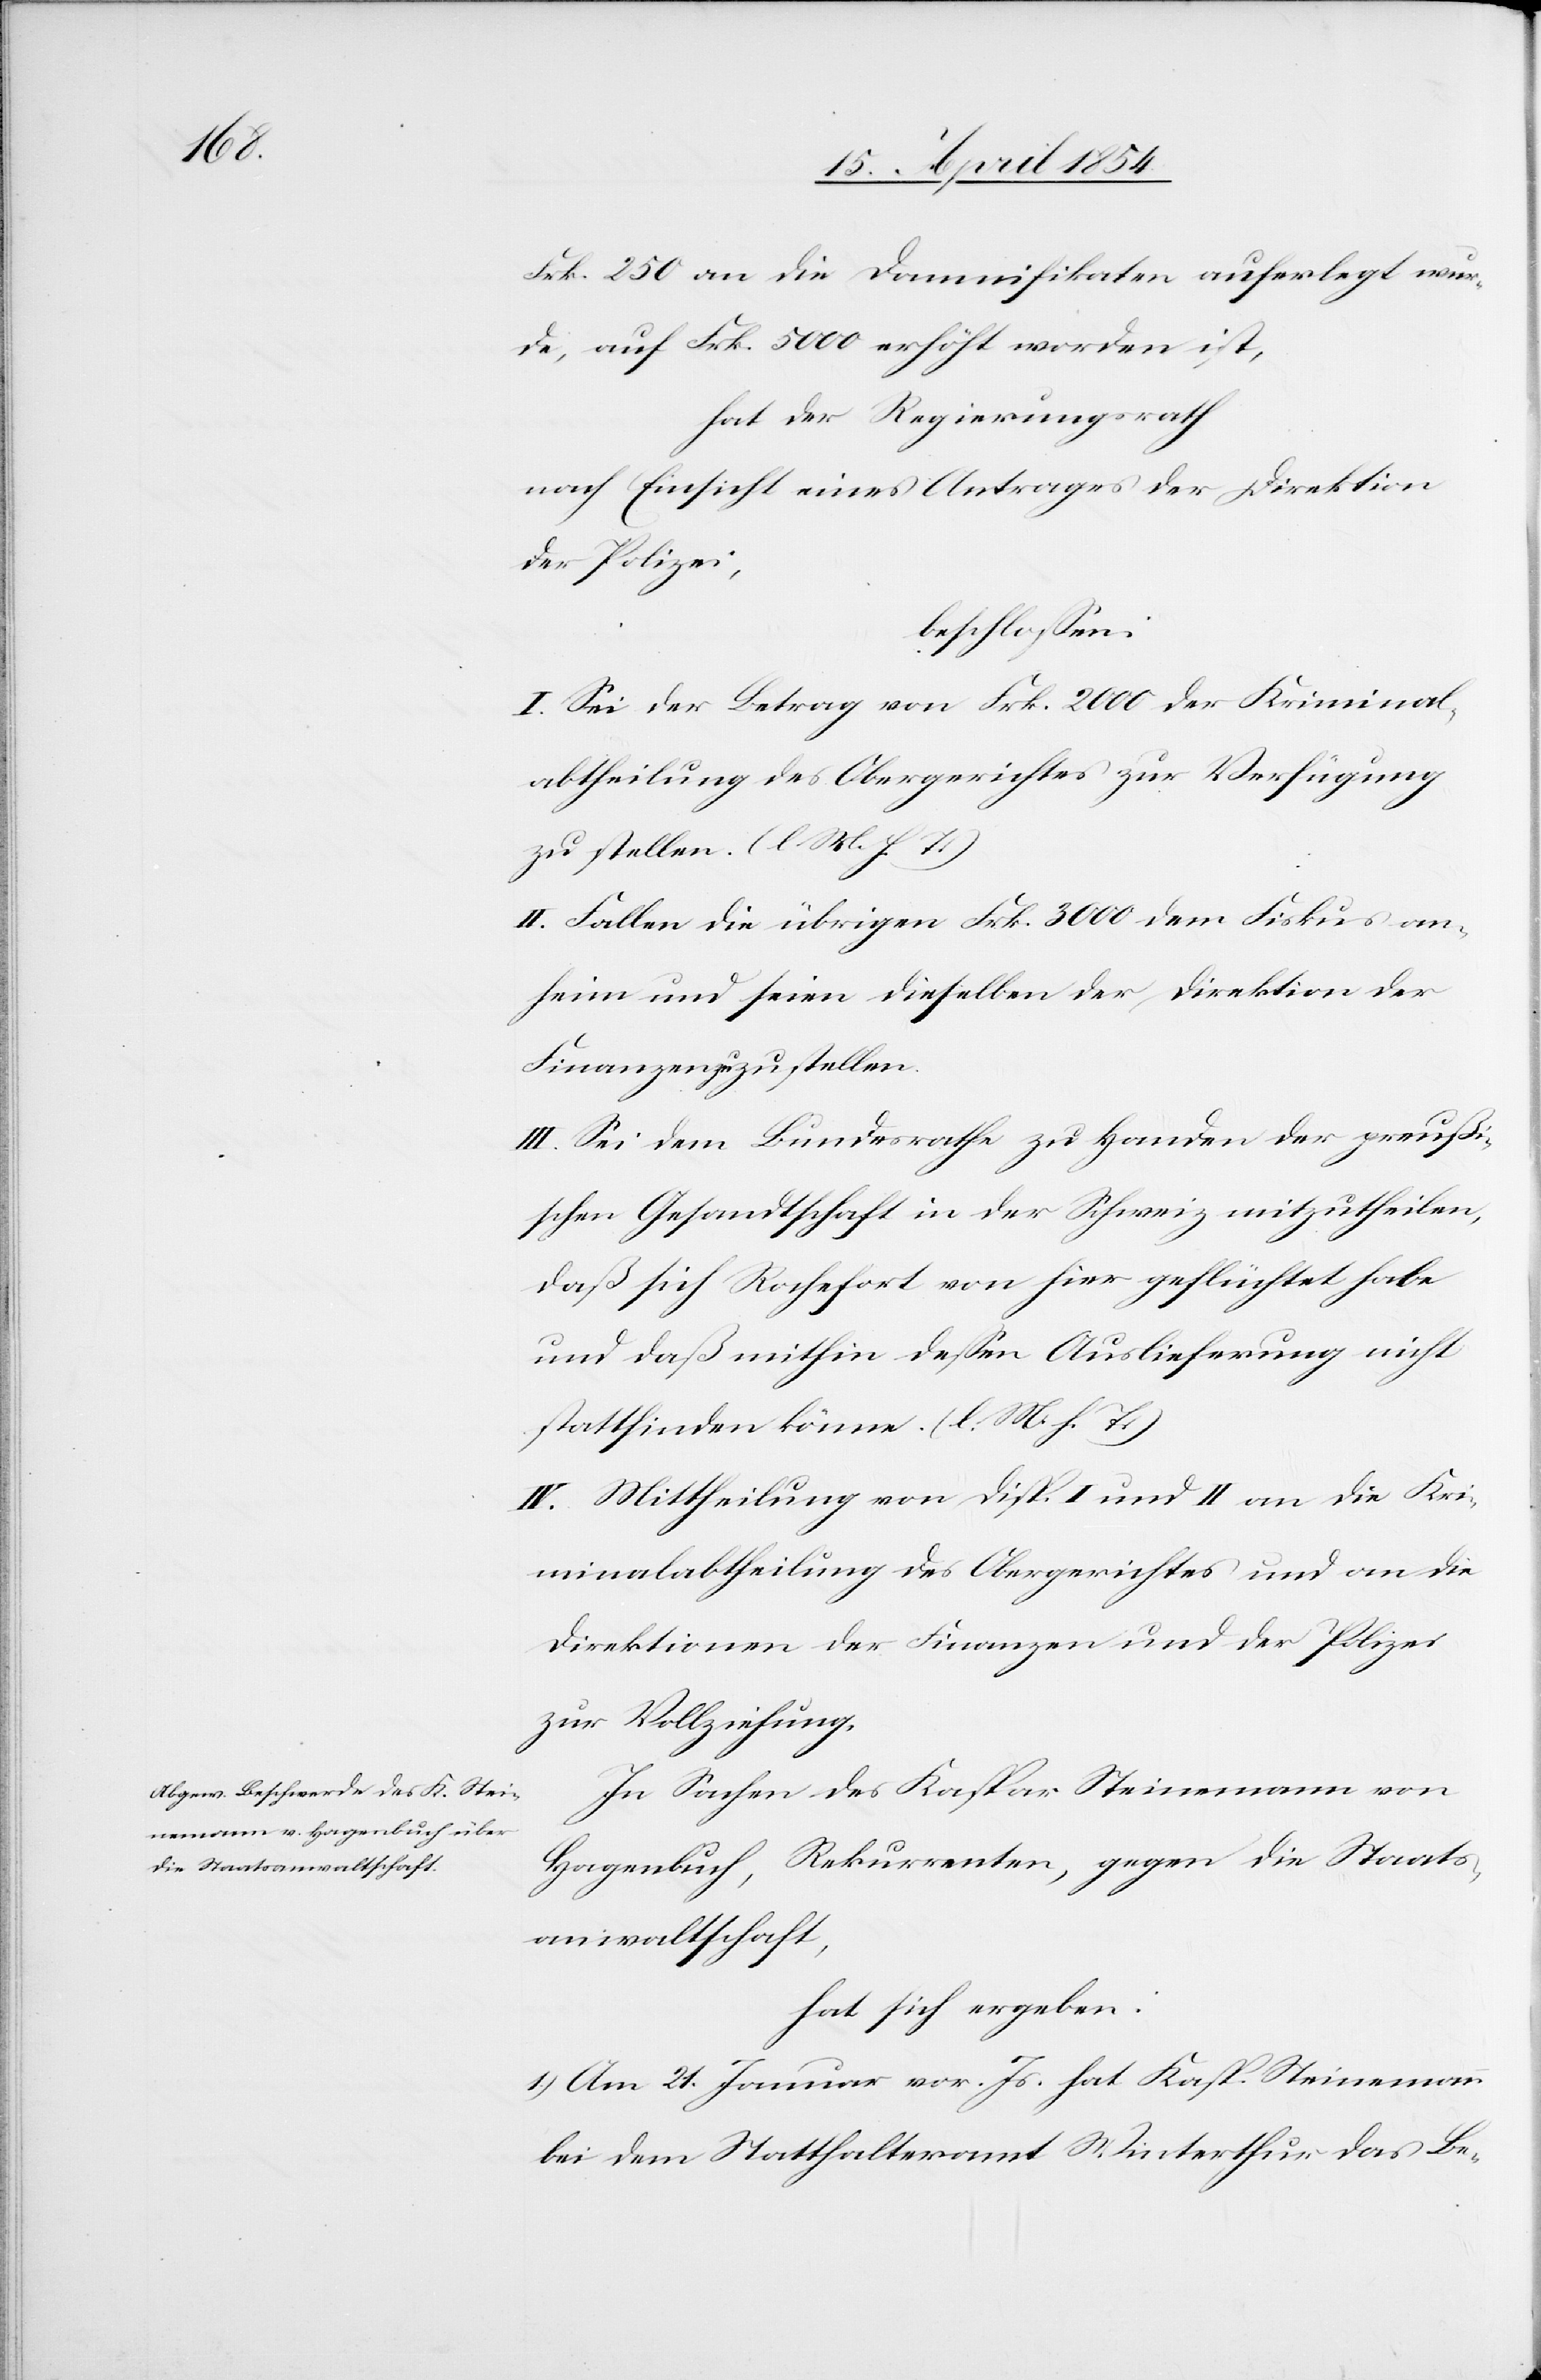
Frk. 250 an die Damnifikaten auferlegt wur¬
de, auf Frk. 5000 erhöht worden ist,
hat der Regierungsrath
nach Einsicht eines Antrages der Direktion
der Polizei;
beschloßen:
I. Sei der Betrag von Frk. 2000 der Kriminal¬
abtheilung des Obergerichtes zur Verfügung
zu stellen. (l. M. h. T.)
II. Fallen die übrigen Frk. 3000 dem Fiskus an¬
heim und seien dieselben der Direktion der
Finanzen zu zu stellen.
III. Sei dem Bundesrathe zu Handen der preußi¬
schen Gesandtschaft in der Schweiz mitzutheilen,
daß sich Rochefort von hier geflüchtet habe
und daß mithin deßen Auslieferung nicht
stattfinden könne. (l. M. h. T.)
IV. Mittheilung von Disp. I und II an die Kri¬
minalabtheilung des Obergerichtes und an die
Direktionen der Finanzen und der Polizei
zur Vollziehung.
In Sachen des Kaspar Steinemann von
Hagenbuch, Rekurrenten, gegen die Staats¬
anwaltschaft,
hat sich ergeben:
1.) Am 21. Januar vor. Js. hat Kasp. Steinemann
bei dem Statthalteramt Winterthur das Be-